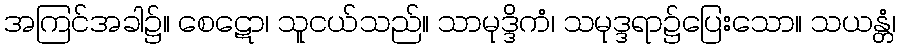
အကြင်အခါ၌။ စေဋော၊ သူငယ်သည်။ သာမုဒ္ဒိကံ၊ သမုဒ္ဒရာ၌ပြေးသော။ သယန္တံ၊